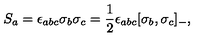
S _ { a } = \epsilon _ { a b c } \sigma _ { b } \sigma _ { c } = \frac { 1 } { 2 } \epsilon _ { a b c } [ \sigma _ { b } , \sigma _ { c } ] _ { - } ,